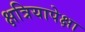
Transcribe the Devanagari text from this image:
क्षत्रियापेक्षा